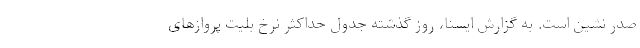
صدر نشین است. به گزارش ایسنا، روز گذشته جدول حداکثر نرخ بلیت پروازهای